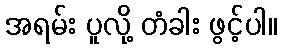
အရမ်း ပူလို့ တံခါး ဖွင့်ပါ။